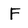
Character: F